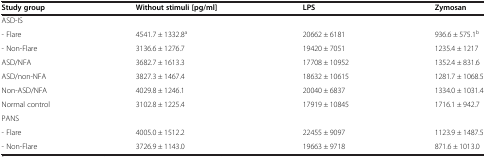
<table><thead><tr><td><b>Study group</b></td><td><b>Without stimuli [pg/ml]</b></td><td><b>LPS</b></td><td><b>Zymosan</b></td></tr></thead><tbody><tr><td>ASD-IS</td><td></td><td></td><td></td></tr><tr><td>- Flare</td><td>4541.7 ± 1332.8<sup>a</sup></td><td>20662 ± 6181</td><td>936.6 ± 575.1<sup>b</sup></td></tr><tr><td>- Non-Flare</td><td>3136.6 ± 1276.7</td><td>19420 ± 7051</td><td>1235.4 ± 1217</td></tr><tr><td>ASD/NFA</td><td>3682.7 ± 1613.3</td><td>17708 ± 10952</td><td>1352.4 ± 831.6</td></tr><tr><td>ASD/non-NFA</td><td>3827.3 ± 1467.4</td><td>18632 ± 10615</td><td>1281.7 ± 1068.5</td></tr><tr><td>Non-ASD/NFA</td><td>4029.8 ± 1246.1</td><td>20040 ± 6837</td><td>1334.0 ± 1031.4</td></tr><tr><td>Normal control</td><td>3102.8 ± 1225.4</td><td>17919 ± 10845</td><td>1716.1 ± 942.7</td></tr><tr><td>PANS</td><td></td><td></td><td></td></tr><tr><td>- Flare</td><td>4005.0 ± 1512.2</td><td>22455 ± 9097</td><td>1123.9 ± 1487.5</td></tr><tr><td>- Non-Flare</td><td>3726.9 ± 1143.0</td><td>19663 ± 9718</td><td>871.6 ± 1013.0</td></tr></tbody></table>